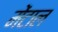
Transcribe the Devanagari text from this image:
मेंटाल